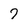
Character: 7